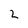
Character: 2